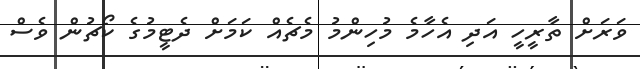
ވަރަށް ތާރީހީ އަދި އެހާމެ މުހިންމު މެޗެއް ކަމަށް ދެޓީމުގެ ކޯޗުން ވެސް